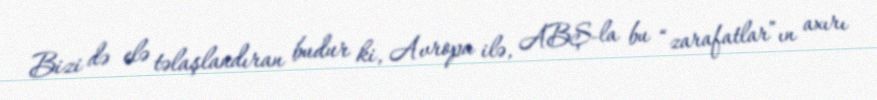
Bizi də elə təlaşlandıran budur ki, Avropa ilə, ABŞ-la bu “zarafatlar”ın axırı